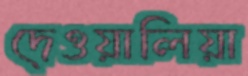
দেওয়ালিয়া